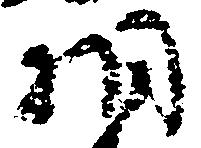
相